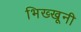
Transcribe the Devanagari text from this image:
भिख्खूनी